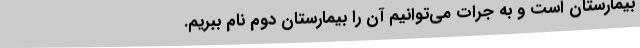
بیمارستان است و به جرات می‌توانیم آن را بیمارستان دوم نام ببریم.